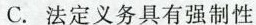
C. 法定义务具有强制性